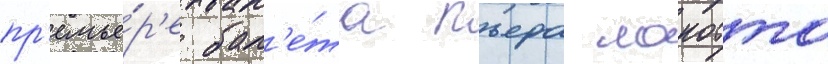
пр'емье́р'е бал'е́та пьера лакотта